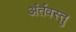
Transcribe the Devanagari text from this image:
अंर्तवस्तु